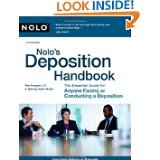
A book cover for Nolo's Deposition Handbook by Paul Bergman (PAPERBACK); PAUL BERGMAN; Law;